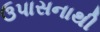
ઉપાસનાથી